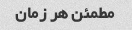
مطمئن هر زمان